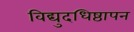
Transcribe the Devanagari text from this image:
विद्युदधिष्ठापन